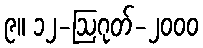
၉။ ၁၂-ဩဂုတ်-၂၀၀၀